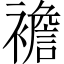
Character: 襜